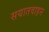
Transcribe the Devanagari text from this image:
सयातवाहन